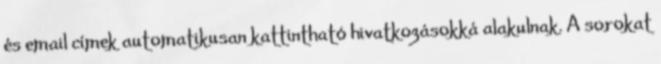
és email címek automatikusan kattintható hivatkozásokká alakulnak. A sorokat